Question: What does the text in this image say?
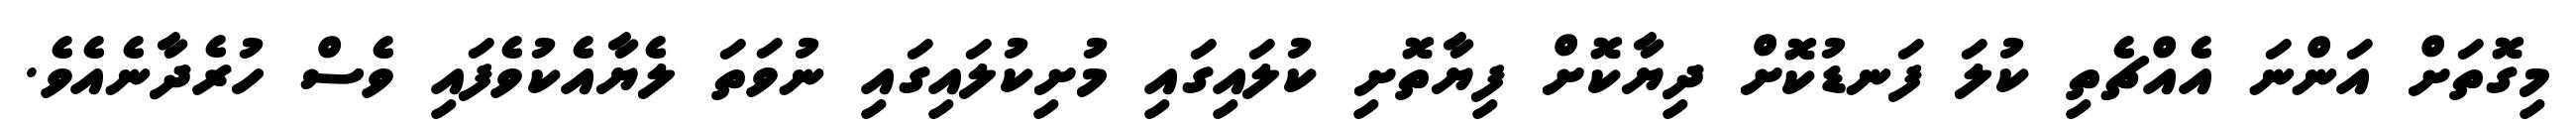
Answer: މިގޮތަށް އަންނަ އެއްޗެތި ކުލަ ފަނޑުކޮށް ދިޔާކޮށް ފިޔާތޮށި ކުލައިގައި މުށިކުލައިގައި ނުވަތަ ލެޔާއެކުވެފައި ވެސް ހުރެދާނެއެވެ.